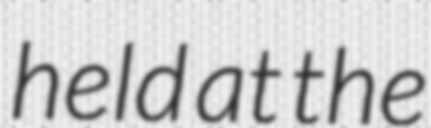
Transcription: held at the